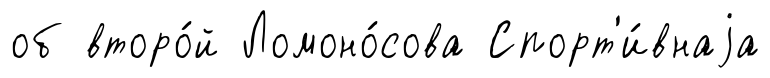
об второ́й Ломоно́сова Спорт'и́внаjа